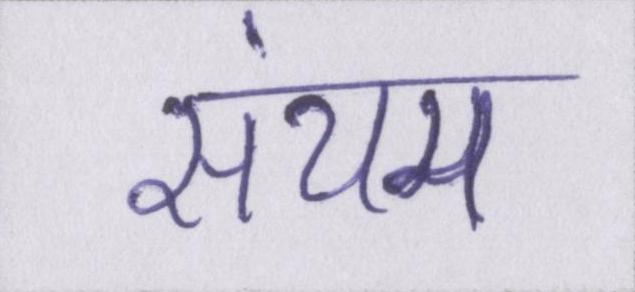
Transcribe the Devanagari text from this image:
संयम